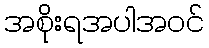
အစိုးရအပါအဝင်